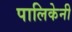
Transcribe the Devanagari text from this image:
पालिकेनी